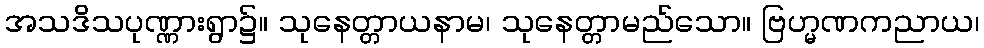
အသဒိသပုဏ္ဏားရွာ၌။ သုနေတ္တာယနာမ၊ သုနေတ္တာမည်သော။ ဗြဟ္မဏကညာယ၊